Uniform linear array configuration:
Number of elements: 48
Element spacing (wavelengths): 0.25
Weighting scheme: kaiser
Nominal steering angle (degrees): -45
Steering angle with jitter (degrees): -45.539
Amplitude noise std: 0.05
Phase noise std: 0.05

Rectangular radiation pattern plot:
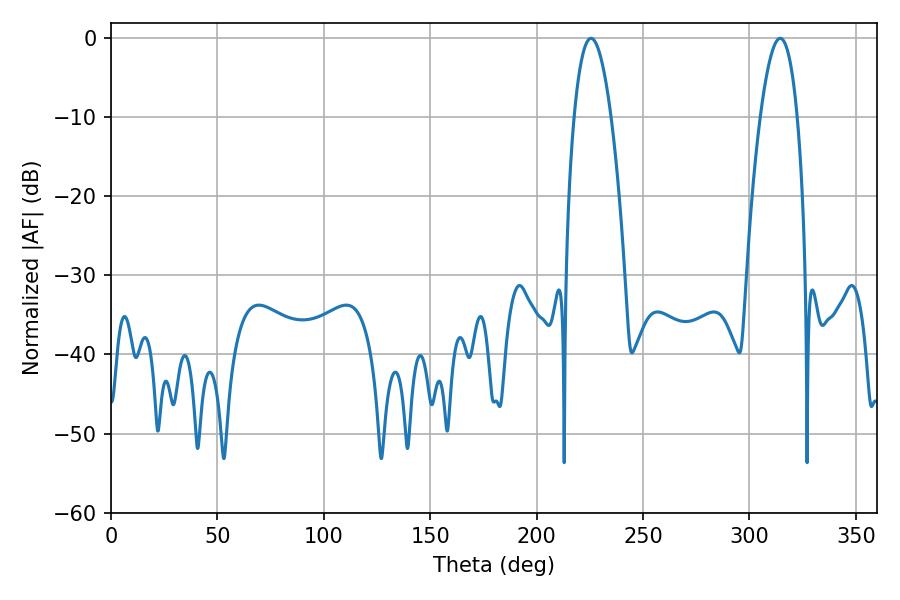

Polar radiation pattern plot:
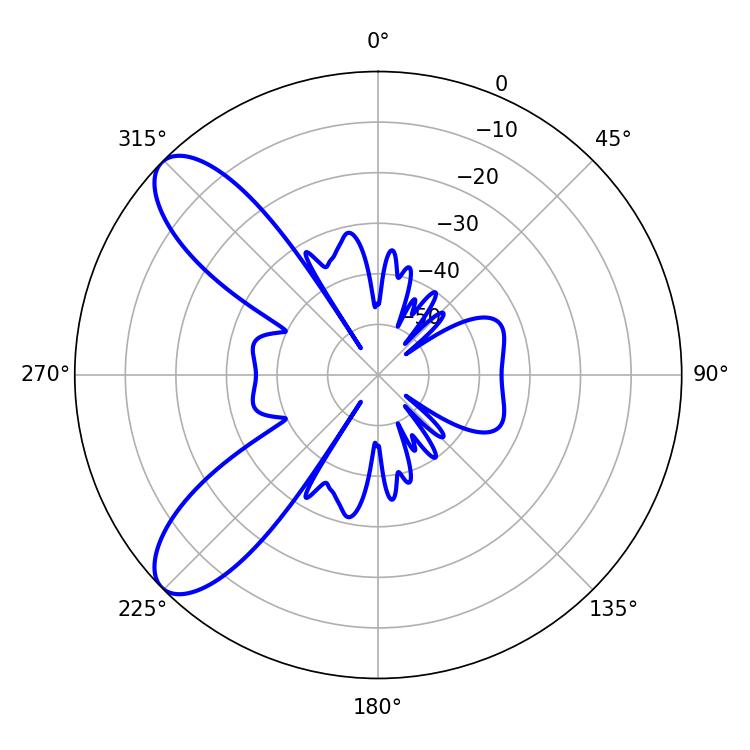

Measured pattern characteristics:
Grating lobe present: FALSE
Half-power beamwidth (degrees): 9.54
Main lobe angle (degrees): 225.54